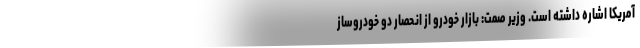
آمریکا اشاره داشته است‌. وزیر صمت: بازار خودرو از انحصار دو خودروساز